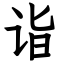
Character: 诣